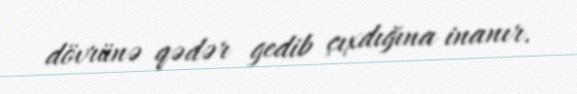
dövrünə qədər gedib çıxdığına inanır.